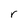
Character: r